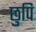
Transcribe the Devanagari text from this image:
छुपि